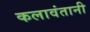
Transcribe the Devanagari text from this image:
कलावंतानी